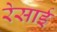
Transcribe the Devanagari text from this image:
रेसाई